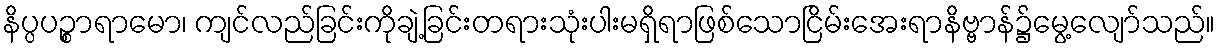
နိပ္ပပဉ္စာရာမော၊ ကျင်လည်ခြင်းကိုချဲ့ခြင်းတရားသုံးပါးမရှိရာဖြစ်သောငြိမ်းအေးရာနိဗ္ဗာန်၌မွေ့လျော်သည်။